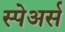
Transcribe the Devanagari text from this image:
स्पेअर्स